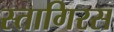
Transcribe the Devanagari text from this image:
स्तागिरस